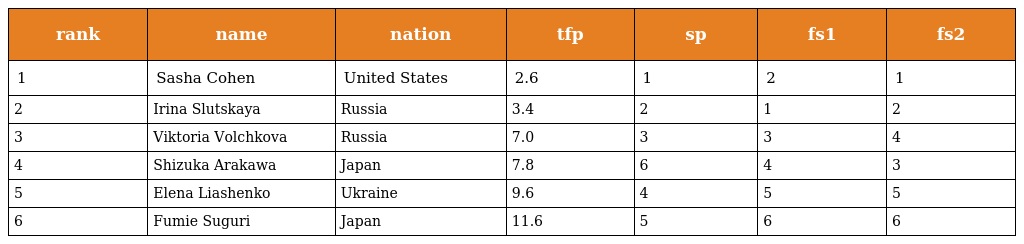
| rank | name | nation | tfp | sp | fs1 | fs2 |
 | --- | --- | --- | --- | --- | --- | --- |
 | 1 | Sasha Cohen | United States | 2.6 | 1 | 2 | 1 |
 | 2 | Irina Slutskaya | Russia | 3.4 | 2 | 1 | 2 |
 | 3 | Viktoria Volchkova | Russia | 7.0 | 3 | 3 | 4 |
 | 4 | Shizuka Arakawa | Japan | 7.8 | 6 | 4 | 3 |
 | 5 | Elena Liashenko | Ukraine | 9.6 | 4 | 5 | 5 |
 | 6 | Fumie Suguri | Japan | 11.6 | 5 | 6 | 6 |